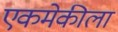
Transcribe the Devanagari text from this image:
एकमेकीला